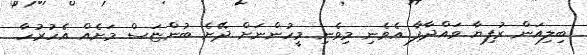
ބިލިއަން ރުފިޔާ ވައްދާފާ އެވެނި މިވެނި މީހުންނަށް ދޭށެ ބުންޏަސް މަށެއް އެހުރުހާ